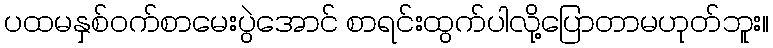
ပထမနှစ်ဝက်စာမေးပွဲအောင် စာရင်းထွက်ပါလို့ပြောတာမဟုတ်ဘူး။